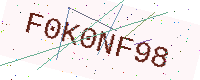
Text: F0K0NF98